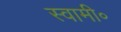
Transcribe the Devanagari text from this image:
स्वामी॰